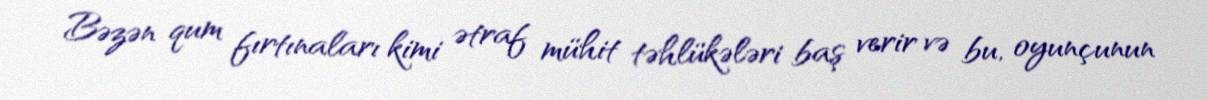
Bəzən qum fırtınaları kimi ətraf mühit təhlükələri baş verir və bu, oyunçunun